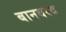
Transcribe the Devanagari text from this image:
बानबरद